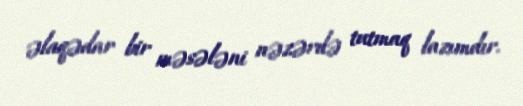
əlaqədar bir məsələni nəzərdə tutmaq lazımdır.